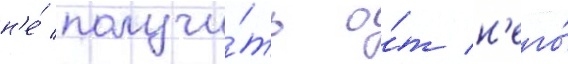
н'е́ получи́ть о́т н'его́